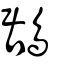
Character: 鶋